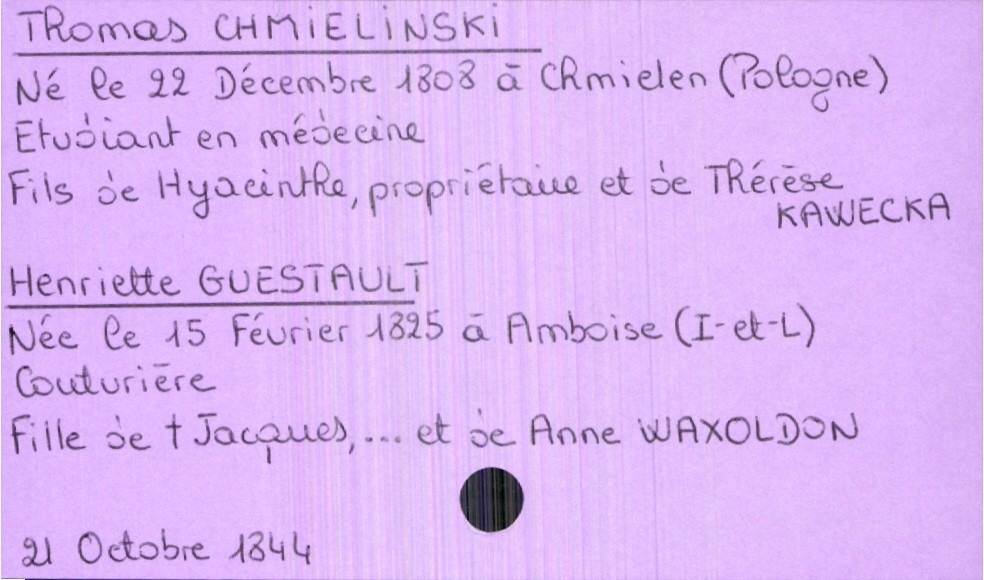
type_acte: Mariage
année: 1844
mois: octobre
jour: 21
marié_nom: Chmielinski
marié_prénom: Thomas
marié_profession: Etudiant en médecine
marié_date_de_naissance: 22 décembre 1808
marié_lieu_de_naissance: Chmielen (Pologne)
père_marié_nom: Chmielinski
père_marié_prénom: Hyacinthe
père_marié_profession: propriétaire
mère_marié_nom: Kawecka
mère_marié_prénom: Thérèse
mariée_nom: Guestault
mariée_prénom: Henriette
mariée_profession: couturière
mariée_date_de_naissance: 15 février 1825
mariée_lieu_de_naissance: Amboise (Indre-et-Loire)
père_mariée_nom: Guestault
père_mariée_prénom: Jacques
père_mariée_statut: décédé
mère_mariée_nom: Waxoldon
mère_mariée_prénom: Anne